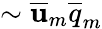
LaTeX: \sim\overline{{\mathbf{u}}}_{m}\overline{{q}}_{m}